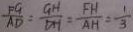
\frac { F G } { A D } = \frac { G H } { D H } = \frac { F H } { A H } = \frac { 1 } { 3 }